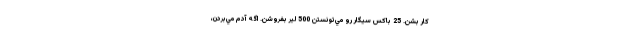
كار بشن. 25 باكس سيگار رو مي‌تونستن 500 لير بفروشن. اگه آدم مي‌بردن،